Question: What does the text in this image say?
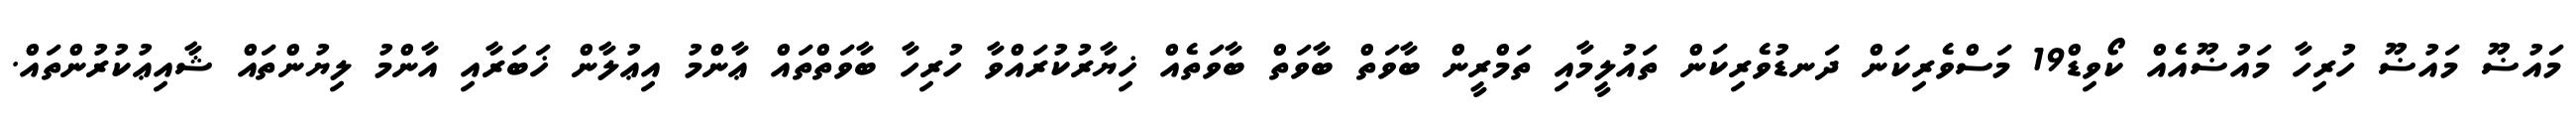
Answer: މައުޟޫ މައުޟޫ ހުރިހާ މައުޟޫއެއް ކޯވިޑް19 މަސްވެރިކަން ދަނޑުވެރިކަން ތައުލީމާއި ތަމްރީން ބާވަތް ބާވަތް ބާވަތެއް ޚިޔާރުކުރައްވާ ހުރިހާ ބާވަތްތައް ޢާންމު އިޢުލާން ޚަބަރާއި އާންމު ލިޔުންތައް ޝާއިޢުކުރުންތައް.